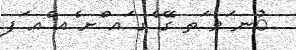
ުނ ަވ ަތ ގޭ ެގ ައ ްށ ެއ ްއ ަފ